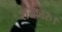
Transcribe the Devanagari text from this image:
शरकारु।